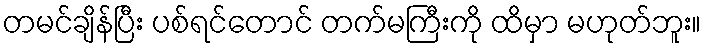
တမင်ချိန်ပြီး ပစ်ရင်တောင် တက်မကြီးကို ထိမှာ မဟုတ်ဘူး။